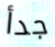
جدأ